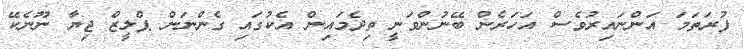
ފުރަތަމަ އަންނައިރުވެސް އަހަރެން ބޭނުންވަނީ ތިދެމައިން އެކުގައި ގެންނަން ޕްލީޒް ޖިޔާ ނޫނެކޭ